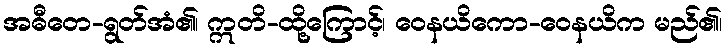
အဓီတေ-ရွတ်အံ၏၊ ဣတိ-ထို့ကြောင့်၊ ဝေနယိကော-ဝေနယိက မည်၏၊